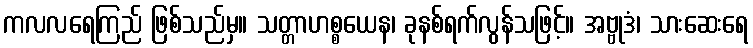
ကလလရေကြည် ဖြစ်သည်မှ။ သတ္တာဟစ္စယေန၊ ခုနစ်ရက်လွန်သဖြင့်။ အဗ္ဗုဒံ၊ သားဆေးရေ